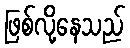
ဖြစ်လို့နေသည်